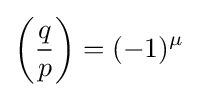
\left({\frac {q}{p}}\right)=(-1)^{\mu }